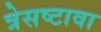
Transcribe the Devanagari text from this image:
त्रेसष्टावा